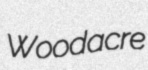
Woodacre